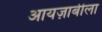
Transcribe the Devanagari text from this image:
आयज़ाबीला